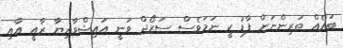
ބައެއް ތަރިންނަށް ފާޑު ކީ ނަމަވެސް ސަރޯޖް ވަނީ އައިޝްވާރިޔާ ރާއީ އާއި